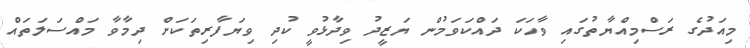
މިއަދުގެ ރަސްމިއްޔާތުގައި ވާހަކަ ދައްކަވަމުން ޔަޒީދު ވިދާޅުވީ ކުދި ވިޔަފާރިތަކަށް ދިމާވާ މައްސަލަތައް